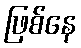
ဖြစ်နေ